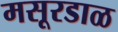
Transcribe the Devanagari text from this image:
मसूरडाळ